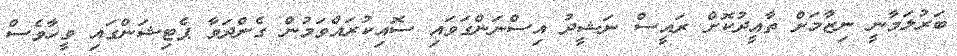
ބަރުލަމާނީ ނިޒާމަށް ތާއީދުކޮށް ރައީސް ނަޝީދު އިސްނަންގަވައި ސޮއިކުރައްވަމުން ގެންދަވާ ޕެޓިޝަންގައި ވީހާވެސް